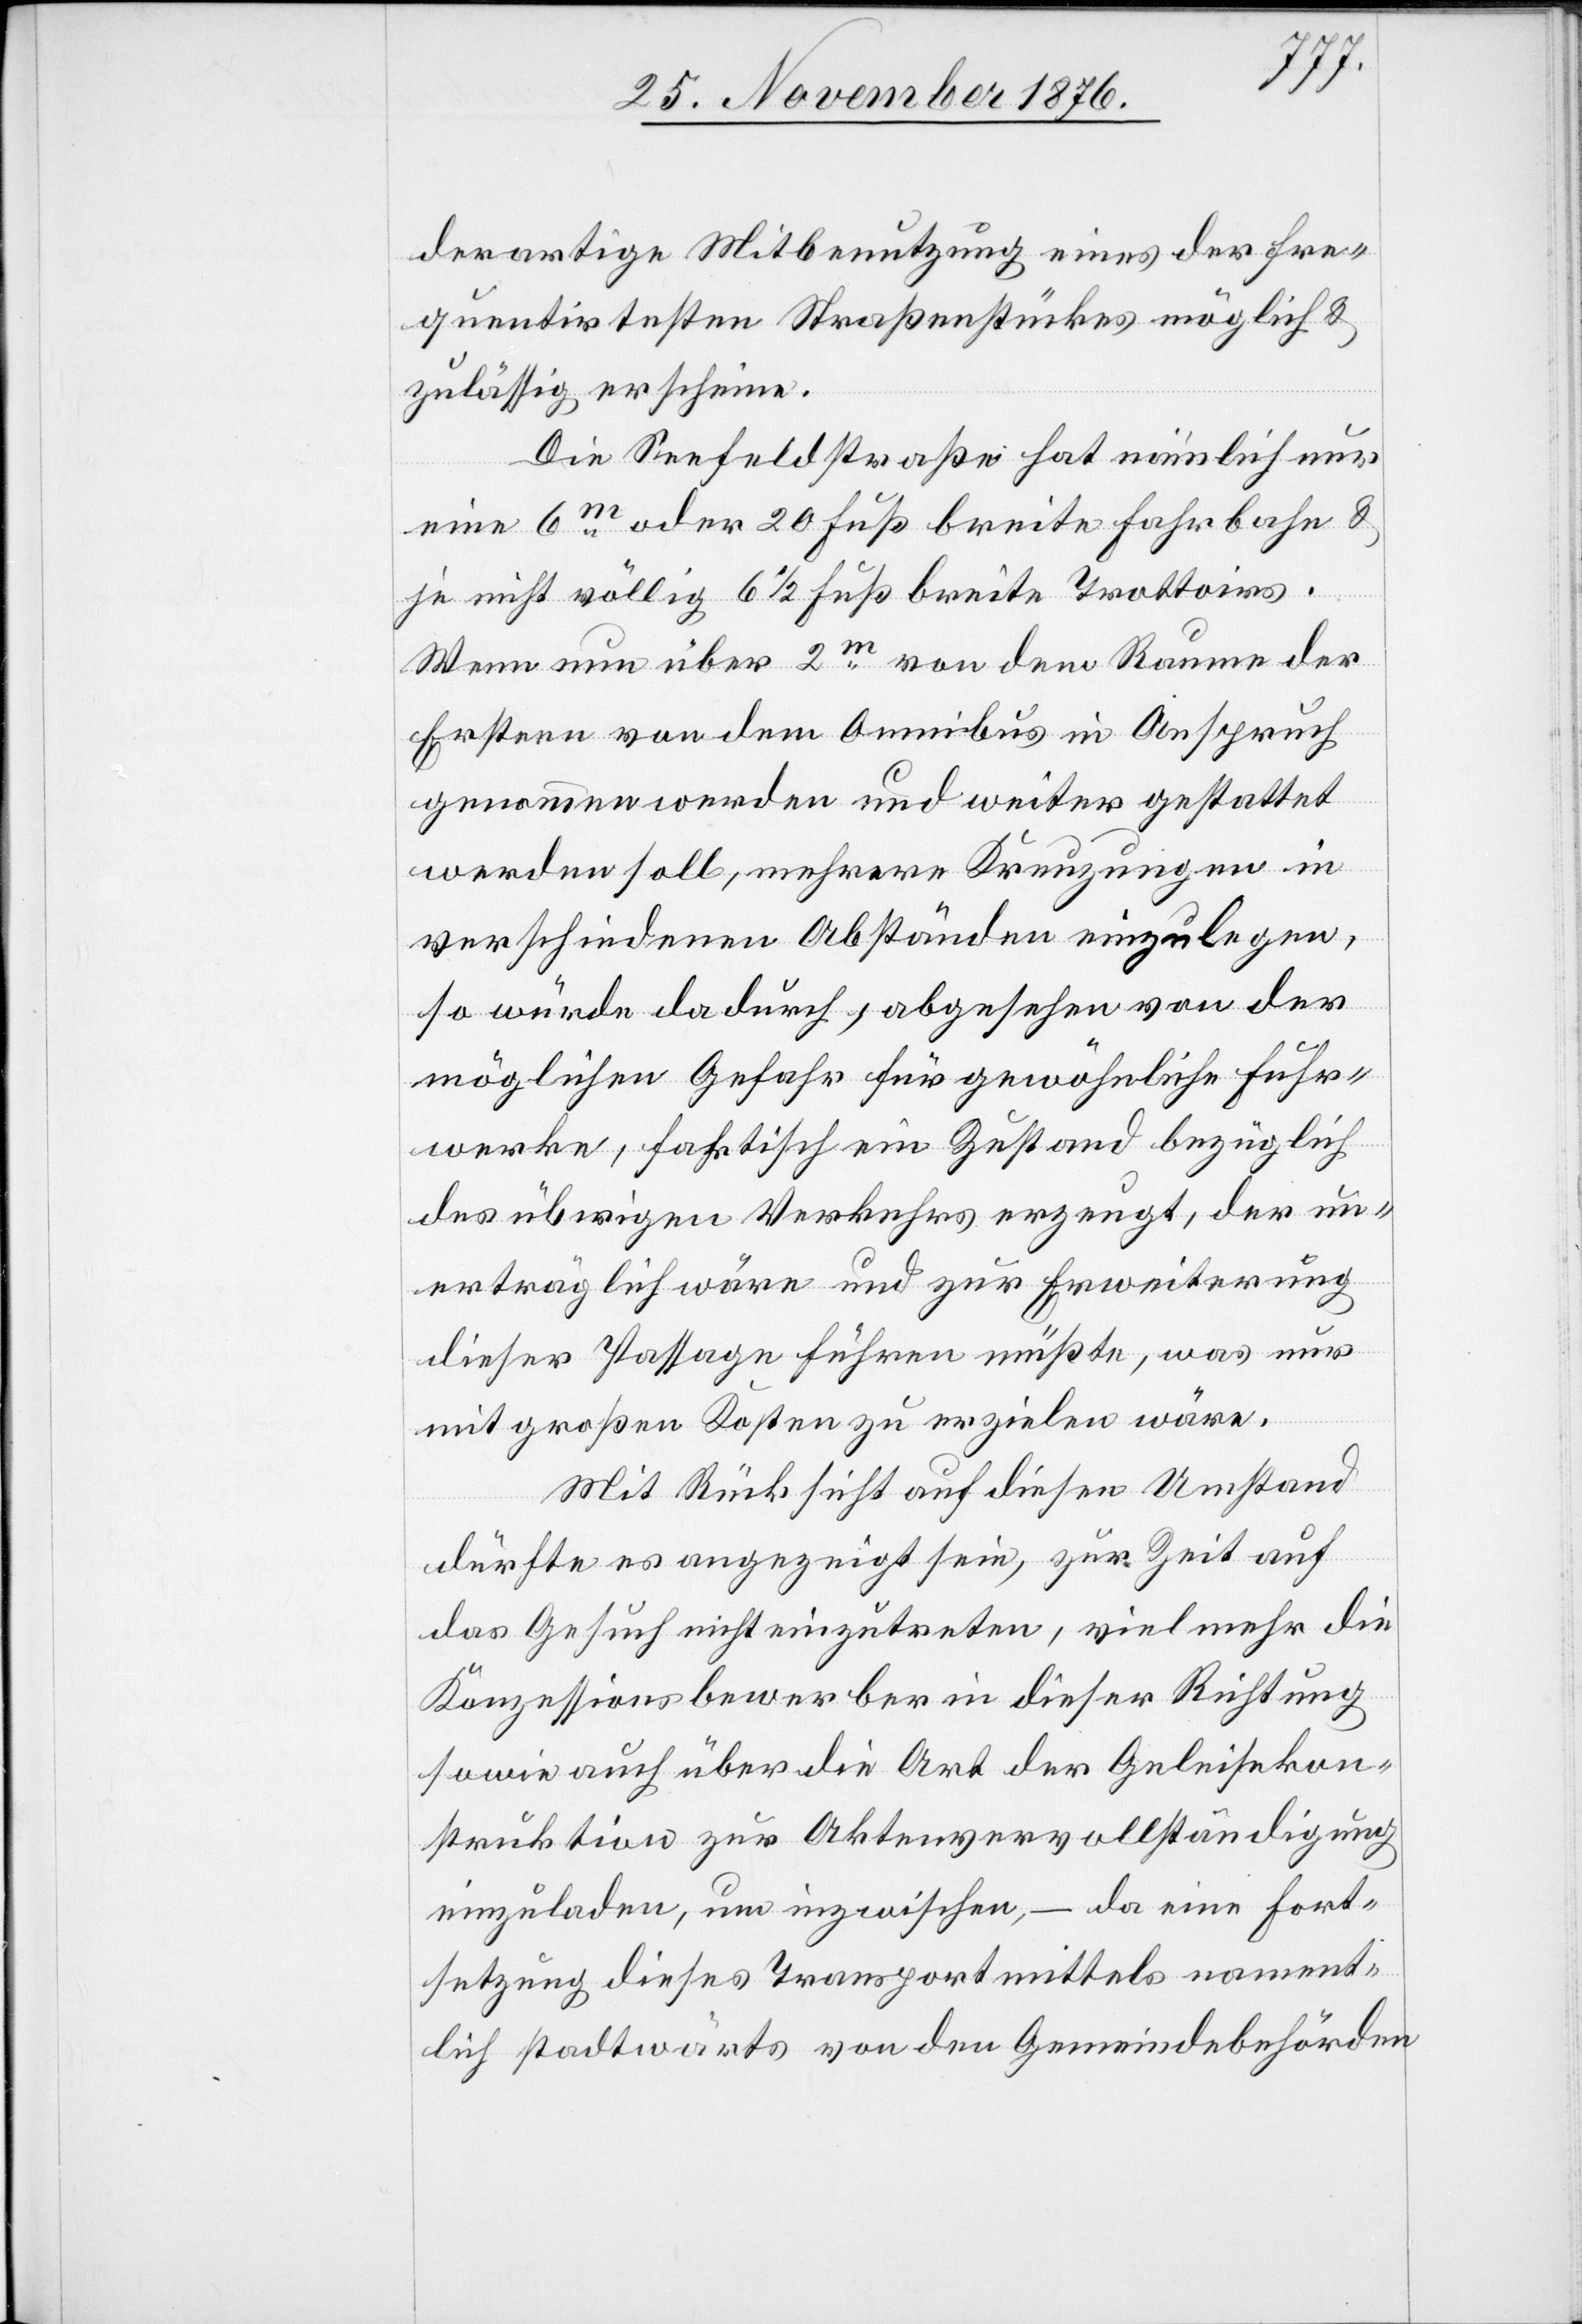
derartige Mitbenutzung eins der fre¬
quentirtesten Straßenstückes möglich &
zulässig erschiene.
Die Seefeldstraße hat nämlich nur
eine 6m oder 20 Fuß breite Fahrbahn &
je nicht völlig 6 1/2 Fuß breite Trottoirs.
Wenn nun über 2m von dem Raume der
erstern von dem Omnibus in Anspruch
genommen werden und weiter gestattet
werden soll, mehrere Kreuzungen in
verschiedenen Abständen einzulegen,
so würde dadurch, abgesehen von der
möglichen Gefahr für gewöhnliche Fuhr¬
werke, faktisch ein Zustand bezüglich
des übrigen Verkehrs erzeugt, der un¬
erträglich wäre und zur Erweiterung
dieser Passage führen müßte, was nur
mit großen Kosten zu erzielen wäre.
Mit Rücksicht auf diesen Umstand
dürfte es angezeigt sein, zur Zeit auf
das Gesuch nicht einzutreten, vielmehr die
Konzessionsbewerber in dieser Richtung
sowie auch über die Art der Geleisekon¬
struktion zur Aktenvervollständigung
einzuladen, um inzwischen, – da eine Fort¬
setzung dieses Transportmittels nament¬
lich stadtwärts von den Gemeindebehörden